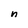
Character: n